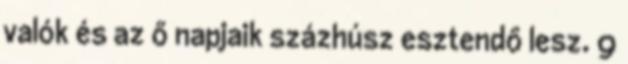
valók és az ő napjaik százhúsz esztendő lesz. 9